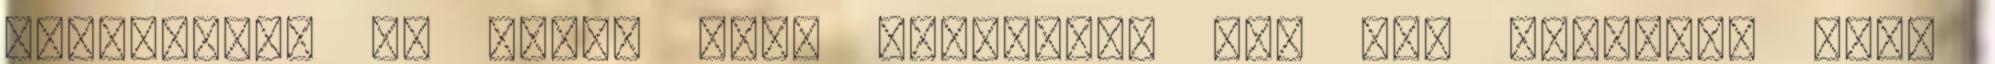
csökkentve az egyre erő. Szeretnék egy kis útmutató adni